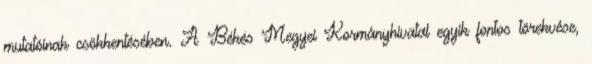
mutatóinak csökkentésében. A Békés Megyei Kormányhivatal egyik fontos törekvése,